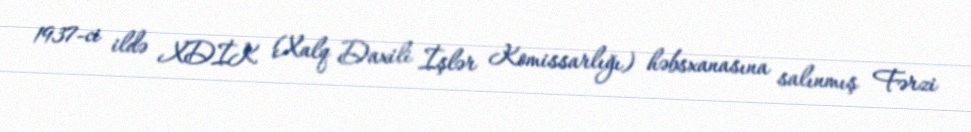
1937-ci ildə XDİK (Xalq Daxili İşlər Komissarlığı) həbsxanasına salınmış Fərzi